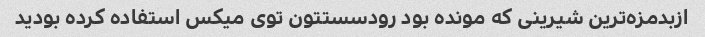
ازبدمزه‌ترین شیرینی که مونده بود رودسستتون توی میکس استفاده کرده بودید